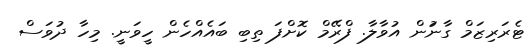
ޓެރަރިޒަމް ގާނަުން އުވާލާ. ފްރޭމް ކޮށްފަ ތިބި ބައެއްހެން ހީވަނީ. މިހާ ދުވަސް